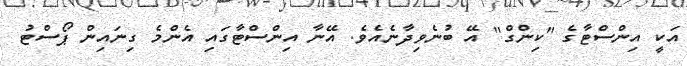
އަކީ އިންސްޓާގެ "ކިންގް" އޭ ބުނެވިދާާނެއެވެ. އޭނާ އިންސްޓާގައި އެންމެ ގިނައިން ޕޯސްޓު